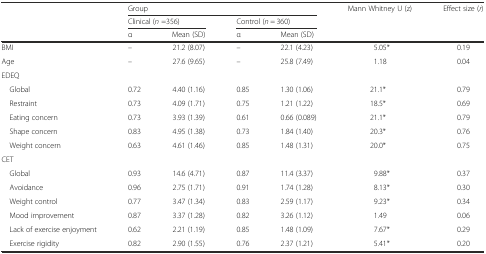
<table><thead><tr><td rowspan="3"></td><td colspan="4"><b>Group</b></td><td rowspan="3"><b>Mann Whitney U (z)</b></td><td rowspan="3"><b>Effect size (<i>r</i>)</b></td></tr><tr><td colspan="2"><b>Clinical (<i>n</i> =356)</b></td><td colspan="2"><b>Control (<i>n</i> = 360)</b></td></tr><tr><td><b>α</b></td><td><b>Mean (SD)</b></td><td><b>α</b></td><td><b>Mean (SD)</b></td></tr></thead><tbody><tr><td>BMI</td><td>–</td><td>21.2 (8.07)</td><td>–</td><td>22.1 (4.23)</td><td>5.05*</td><td>0.19</td></tr><tr><td>Age</td><td>–</td><td>27.6 (9.65)</td><td>–</td><td>25.8 (7.49)</td><td>1.18</td><td>0.04</td></tr><tr><td colspan="7">EDEQ</td></tr><tr><td> Global</td><td>0.72</td><td>4.40 (1.16)</td><td>0.85</td><td>1.30 (1.06)</td><td>21.1*</td><td>0.79</td></tr><tr><td> Restraint</td><td>0.73</td><td>4.09 (1.71)</td><td>0.75</td><td>1.21 (1.22)</td><td>18.5*</td><td>0.69</td></tr><tr><td> Eating concern</td><td>0.73</td><td>3.93 (1.39)</td><td>0.61</td><td>0.66 (0.089)</td><td>21.1*</td><td>0.79</td></tr><tr><td> Shape concern</td><td>0.83</td><td>4.95 (1.38)</td><td>0.73</td><td>1.84 (1.40)</td><td>20.3*</td><td>0.76</td></tr><tr><td> Weight concern</td><td>0.63</td><td>4.61 (1.46)</td><td>0.85</td><td>1.48 (1.31)</td><td>20.0*</td><td>0.75</td></tr><tr><td colspan="7">CET</td></tr><tr><td> Global</td><td>0.93</td><td>14.6 (4.71)</td><td>0.87</td><td>11.4 (3.37)</td><td>9.88*</td><td>0.37</td></tr><tr><td> Avoidance</td><td>0.96</td><td>2.75 (1.71)</td><td>0.91</td><td>1.74 (1.28)</td><td>8.13*</td><td>0.30</td></tr><tr><td> Weight control</td><td>0.77</td><td>3.47 (1.34)</td><td>0.83</td><td>2.59 (1.17)</td><td>9.23*</td><td>0.34</td></tr><tr><td> Mood improvement</td><td>0.87</td><td>3.37 (1.28)</td><td>0.82</td><td>3.26 (1.12)</td><td>1.49</td><td>0.06</td></tr><tr><td> Lack of exercise enjoyment</td><td>0.62</td><td>2.21 (1.19)</td><td>0.85</td><td>1.48 (1.09)</td><td>7.67*</td><td>0.29</td></tr><tr><td> Exercise rigidity</td><td>0.82</td><td>2.90 (1.55)</td><td>0.76</td><td>2.37 (1.21)</td><td>5.41*</td><td>0.20</td></tr></tbody></table>